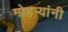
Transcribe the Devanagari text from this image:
मोहऱ्यांनी